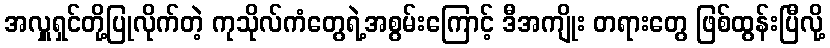
အလှူရှင်တို့ပြုလိုက်တဲ့ ကုသိုလ်ကံတွေရဲ့အစွမ်းကြောင့် ဒီအကျိုး တရားတွေ ဖြစ်ထွန်းပြီလို့